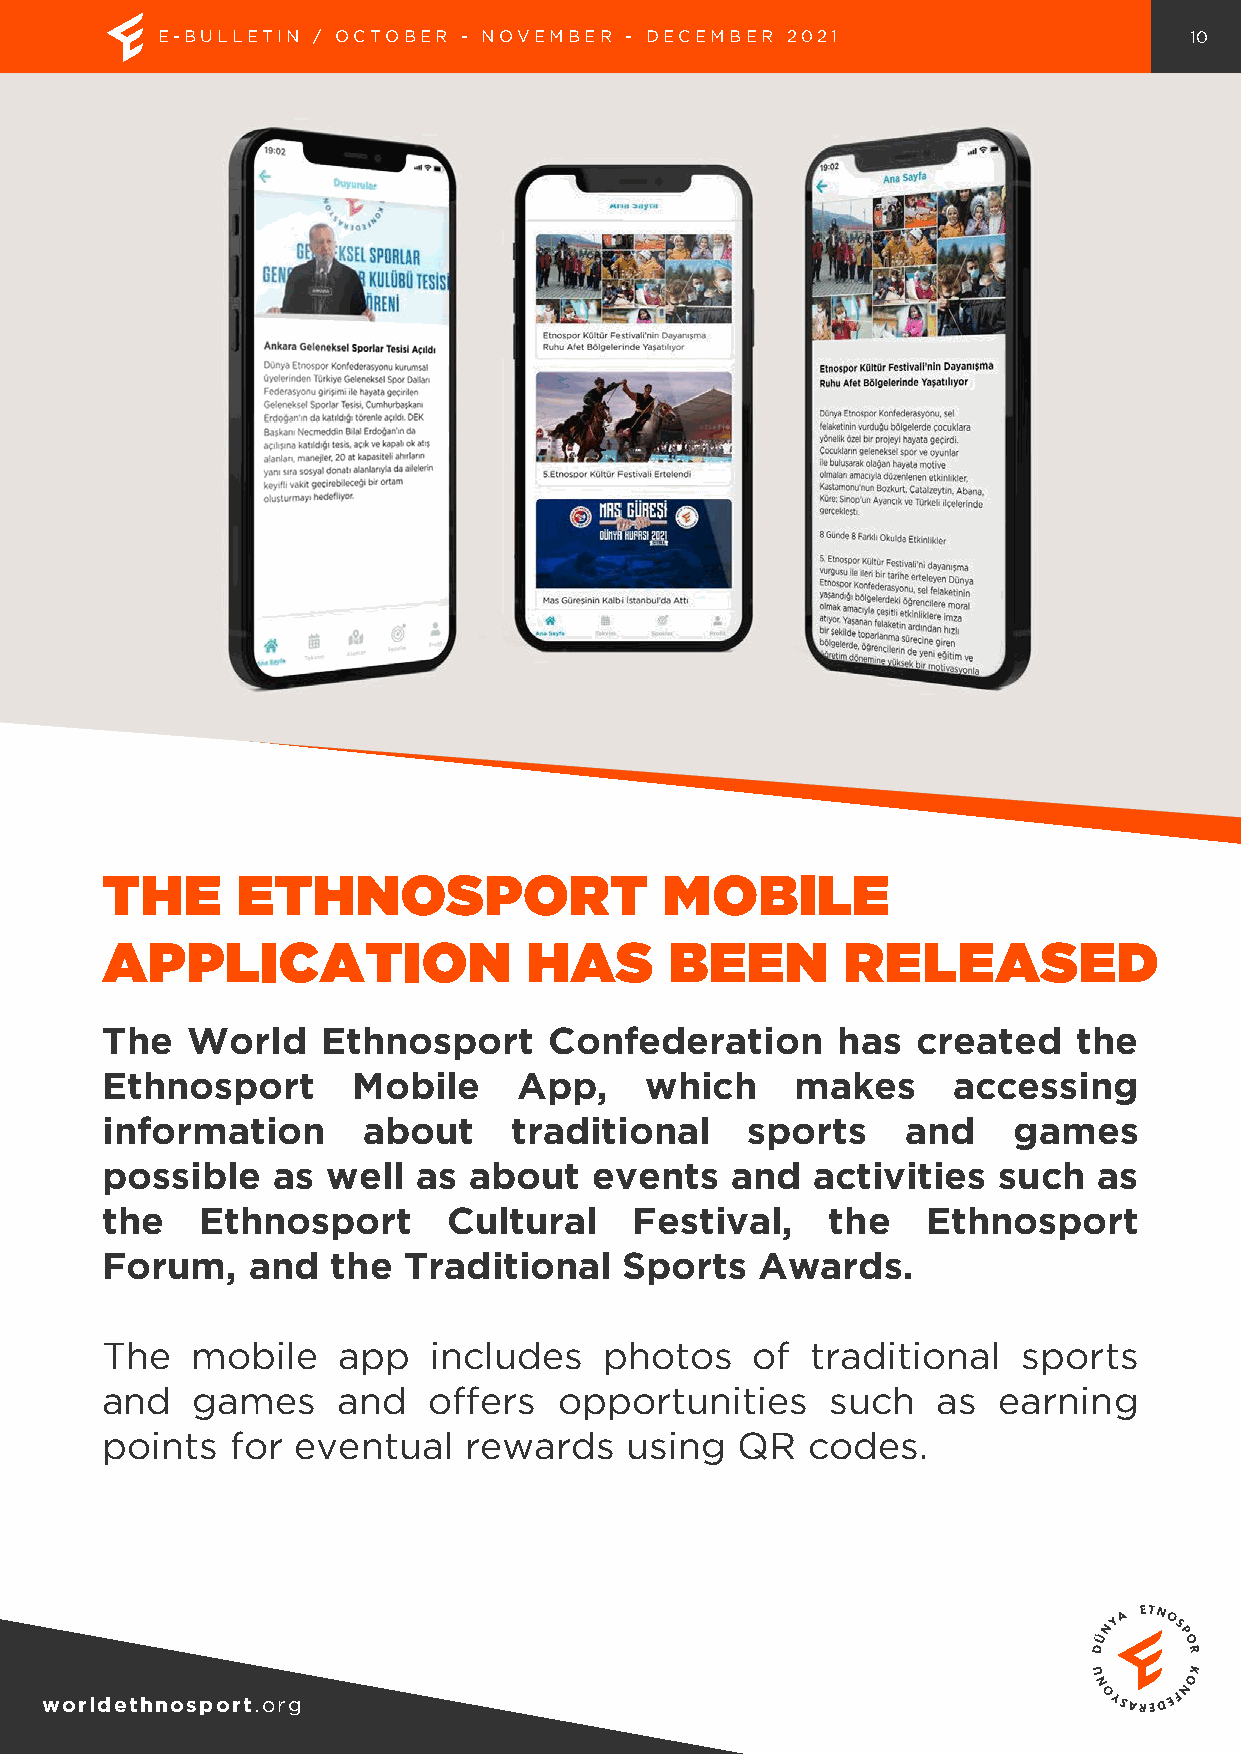
E-BULLETIN / OCTOBER - NOVEMBER - DECEMBER 2021                      10
 THE      ETHNOSPORT                  MOBILE
 APPLICATION                 HAS      BEEN        RELEASED
 The  World    Ethnosport     Confederation      has   created   the
 Ethnosport      Mobile     App,     which     makes     accessing
 information      about     traditional     sports    and    games
 possible   as  well  as about   events   and   activities  such   as
 the   Ethnosport       Cultural    Festival,    the   Ethnosport
 Forum,   and   the  Traditional   Sports   Awards.
 The   mobile   app   includes    photos    of  traditional   sports
 and   games    and   offers   opportunities     such   as  earning
 points  for eventual    rewards   using   QR  codes.
 worldethnosport.org